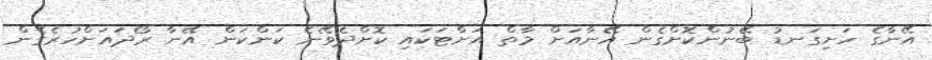
އޭނާގެ ހަށިގަނޑު ބޭނުންކޮށްގެން އޭނާއަށް މާތް އަށްޓަކައި ކޮށްދެވޭނެ ކަންކަން އޭނާ ރޯދައަށްހުރެގެން